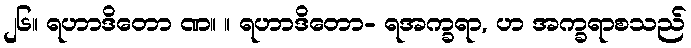
၂၆။ ရဟာဒိတော ဏ။ ။ ရဟာဒိတော- ရအက္ခရာ, ဟ အက္ခရာစသည်